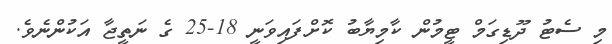
މި ސެޓު ދޫޑިގަމް ޓީމުން ކާމިޔާބު ކޮށްފައިވަނީ 18-25 ގެ ނަތީޖާ އަކުންނެވެ.